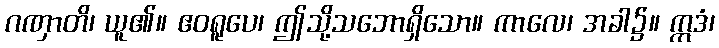
ဂဏှာတိ၊ ယူ၏။ ဧဝရူပေ၊ ဤသို့သဘောရှိသော။ ကာလေ၊ အခါ၌။ ဣဒံ၊